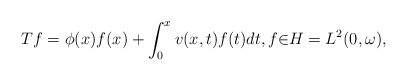
\begin{align*}Tf=\phi(x)f(x)+\int_{0}^{x}v(x,t)f(t)dt,f{\in}H=L^{2}(0,\omega),\end{align*}